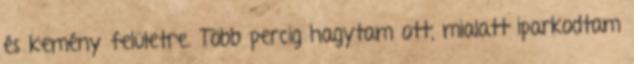
és kemény felületre. Több percig hagytam ott, mialatt iparkodtam